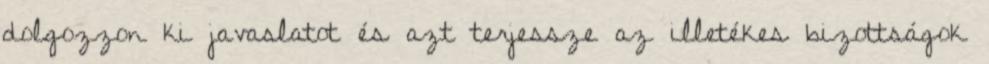
dolgozzon ki javaslatot és azt terjessze az illetékes bizottságok